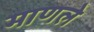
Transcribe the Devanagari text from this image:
माणले